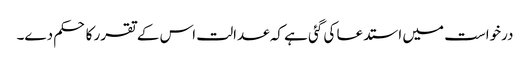
درخواست میں استدعا کی گئی ہے کہ عدالت اس کے تقرر کا حکم دے۔